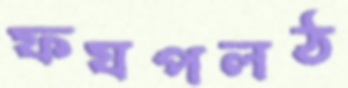
ফযপলঠ